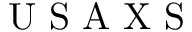
\mathrm { ~ U ~ S ~ A ~ X ~ S ~ }